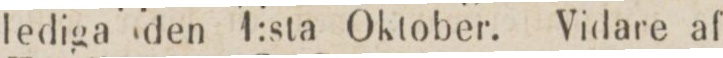
lediga den l:sta Oktober. Vidare af